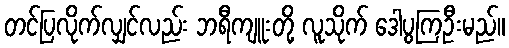
တင်ပြလိုက်လျှင်လည်း ဘရီကျူးတို့ လူသိုက် ဒေါပွကြဦးမည်။